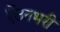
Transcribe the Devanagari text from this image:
ऐंठनभरी